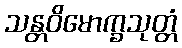
သန္တဝိမောက္ခသုတ္တံ